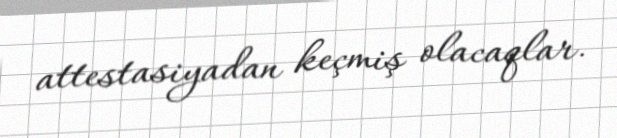
attestasiyadan keçmiş olacaqlar.